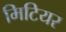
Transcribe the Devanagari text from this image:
मिटियर